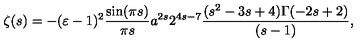
\zeta ( s ) = - ( \varepsilon - 1 ) ^ { 2 } \frac { \sin ( \pi s ) } { \pi s } a ^ { 2 s } 2 ^ { 4 s - 7 } \frac { ( s ^ { 2 } - 3 s + 4 ) \Gamma ( - 2 s + 2 ) } { ( s - 1 ) } ,